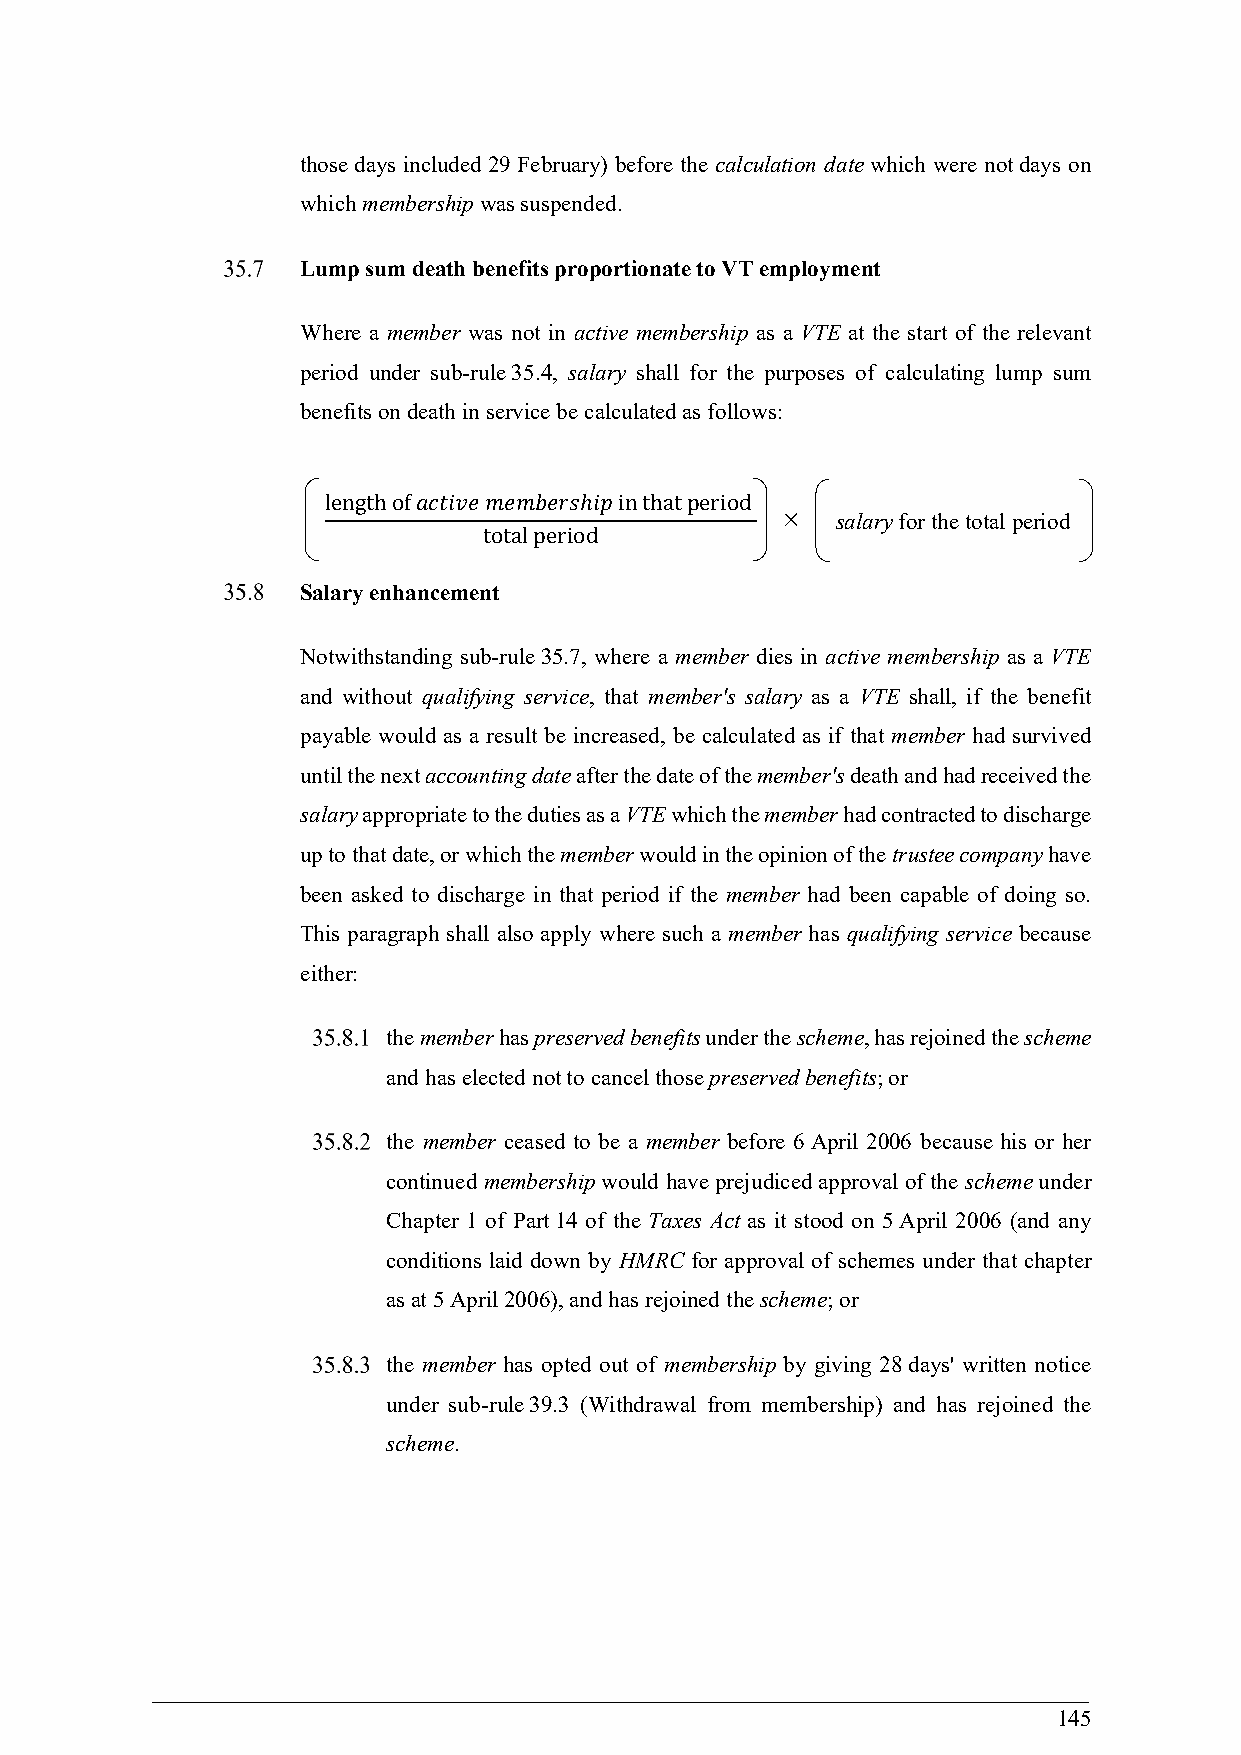
those days included 29 February) before the calculation date which were not days on
 which membership was suspended.
 Lump sum death benefits proportionate to VT employment
 Where a member was not in active membership as a VTE at the start of the relevant
 period under sub-rule 35.4, salary shall for the purposes of calculating lump sum
 benefits on death in service be calculated as follows:
 length of 𝑎𝑐𝑡𝑖𝑣𝑒 𝑚𝑒𝑚𝑏𝑒𝑟𝑠ℎ𝑖𝑝 in that period
   salary for the total period
 total period
 Salary enhancement
 Notwithstanding sub-rule 35.7, where a member dies in active membership as a VTE
 and without qualifying service, that member's salary as a VTE shall, if the benefit
 payable would as a result be increased, be calculated as if that member had survived
 until the next accounting date after the date of the member's death and had received the
 salary appropriate to the duties as a VTE which the member had contracted to discharge
 up to that date, or which the member would in the opinion of the trustee company have
 been asked to discharge in that period if the member had been capable of doing so.
 This paragraph shall also apply where such a member has qualifying service because
 either:
 the member has preserved benefits under the scheme, has rejoined the scheme
 and has elected not to cancel those preserved benefits; or
 the member ceased to be a member before 6 April 2006 because his or her
 continued membership would have prejudiced approval of the scheme under
 Chapter 1 of Part 14 of the Taxes Act as it stood on 5 April 2006 (and any
 conditions laid down by HMRC for approval of schemes under that chapter
 as at 5 April 2006), and has rejoined the scheme; or
 the member has opted out of membership by giving 28 days' written notice
 under sub-rule 39.3 (Withdrawal from membership) and has rejoined the
 scheme.
 145